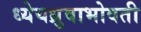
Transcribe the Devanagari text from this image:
ध्येयध्रुवाभोवती